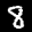
Label: 8